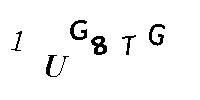
1UG8TG